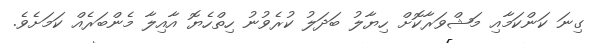
ގިނަ ކަންކަމާއި މަޝްވަރާކޮށް ހިޔާލު ބަދަލު ކުރެވުނު ހިތްހެޔޮ އާއިލާ މެންބަރެއް ކަމަށެވެ.